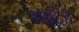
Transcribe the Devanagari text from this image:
ससंदेह